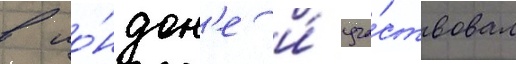
в ло́ндон'е и́ уча́ствовал